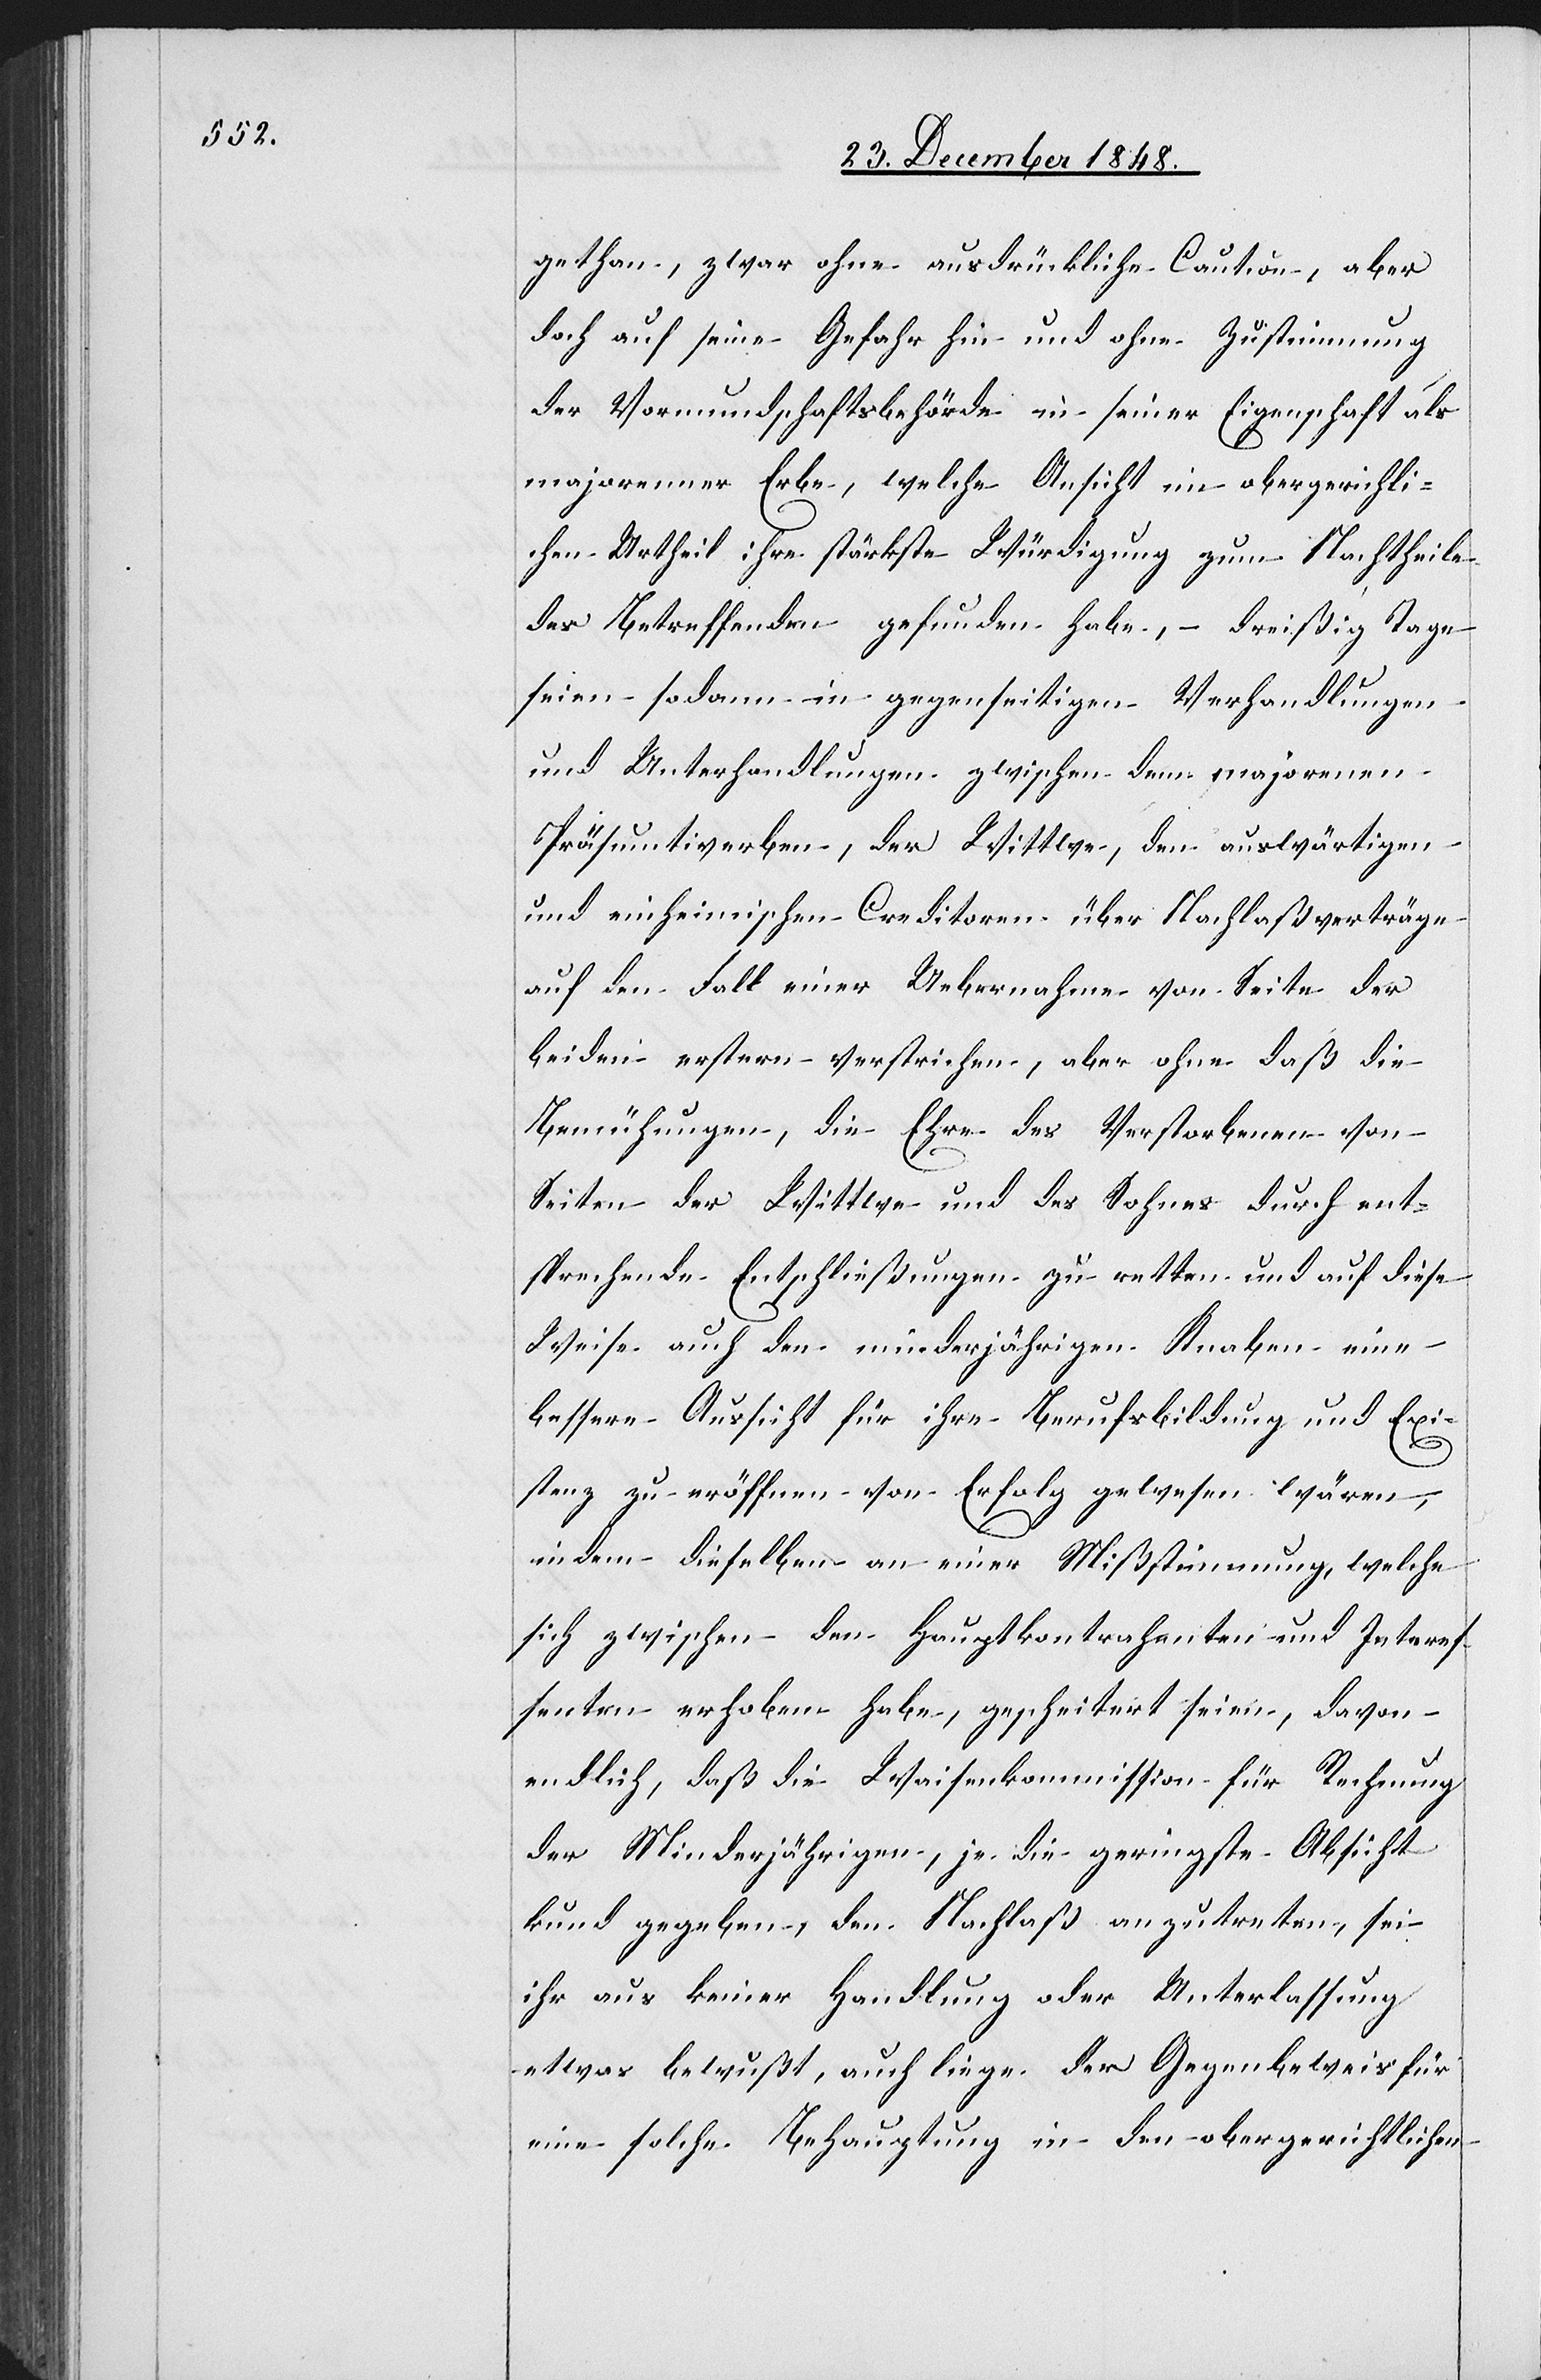
gethan, zwar ohne ausdrückliche Caution, aber
doch auf seine Gefahr hin und ohne Zustimmung
der Vormundschaftsbehörde in seiner Eigenschaft als
majorenner Erbe, welche Ansicht im obergerichtli¬
chen Urtheil ihre stärkste Würdigung zum Nachtheile
des Betreffenden gefunden habe, – dreißig Tage
seien sodann in gegenseitigen Verhandlungen
und Unterhandlungen zwischen dem majorenen
Präsumtiverben, der Wittwe, den auswärtigen
und einheimischen Creditoren über Nachlaßverträge
auf den Fall einer Uebernahme von Seite der
beiden erstern verstrichen, aber ohne daß die
Bemühungen, die Ehre des Verstorbenen von
Seiten der Wittwe und des Sohnes durch ent¬
sprechende Entschließungen zu retten und auf diese
Weise auch den minderjährigen Knaben eine
bessere Aussicht für ihre Berufsbildung und Exi¬
stenz zu eröffnen von Erfolg gewesen wären,
indem dieselben an einer Mißstimmung, welche
sich zwischen den Hauptkontrahenten und Interes¬
senten erhoben habe, gescheitert seien, davon
endlich, daß die Waisenkommission für Rechnung
der Minderjährigen, je die geringste Absicht
kund gegeben, den Nachlaß anzutreten, sei
ihr aus keiner Handlung oder Unterlassung
etwas bewußt, auch liege der Gegenbeweis für
eine solche Behauptung in den obergerichtlichen